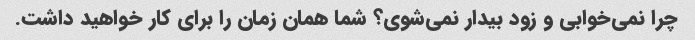
چرا نمی‌خوابی و زود بیدار نمی‌شوی؟ شما همان زمان را برای کار خواهید داشت.